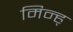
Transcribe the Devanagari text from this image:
मिन्ह्